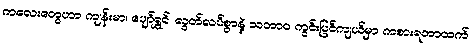
ကလေးတွေဟာ ကျန်းမာ၊ ပျော်ရွှင်၊ လွတ်လပ်စွာနဲ့ သဘာဝ ကွင်းပြင်ကျယ်မှာ ကစားရတာထက်